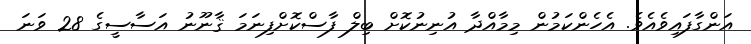
އަންގާފައިވެއެވެ. އެހެންކަމުން މިމާއްދާ އުނިނުކޮށް ބިލް ފާސްކޮށްފިނަމަ ޤާނޫނު އަސާސީގެ 28 ވަނަ